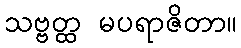
သဗ္ဗတ္ထ မပရာဇိတာ။